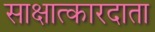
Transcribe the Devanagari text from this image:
साक्षात्कारदाता